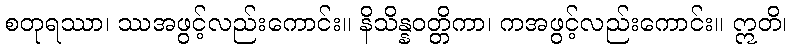
စတုရဿာ၊ ဿအဖွင့်လည်းကောင်း။ နိသိန္နဝတ္တိကာ၊ ကအဖွင့်လည်းကောင်း။ ဣတိ၊